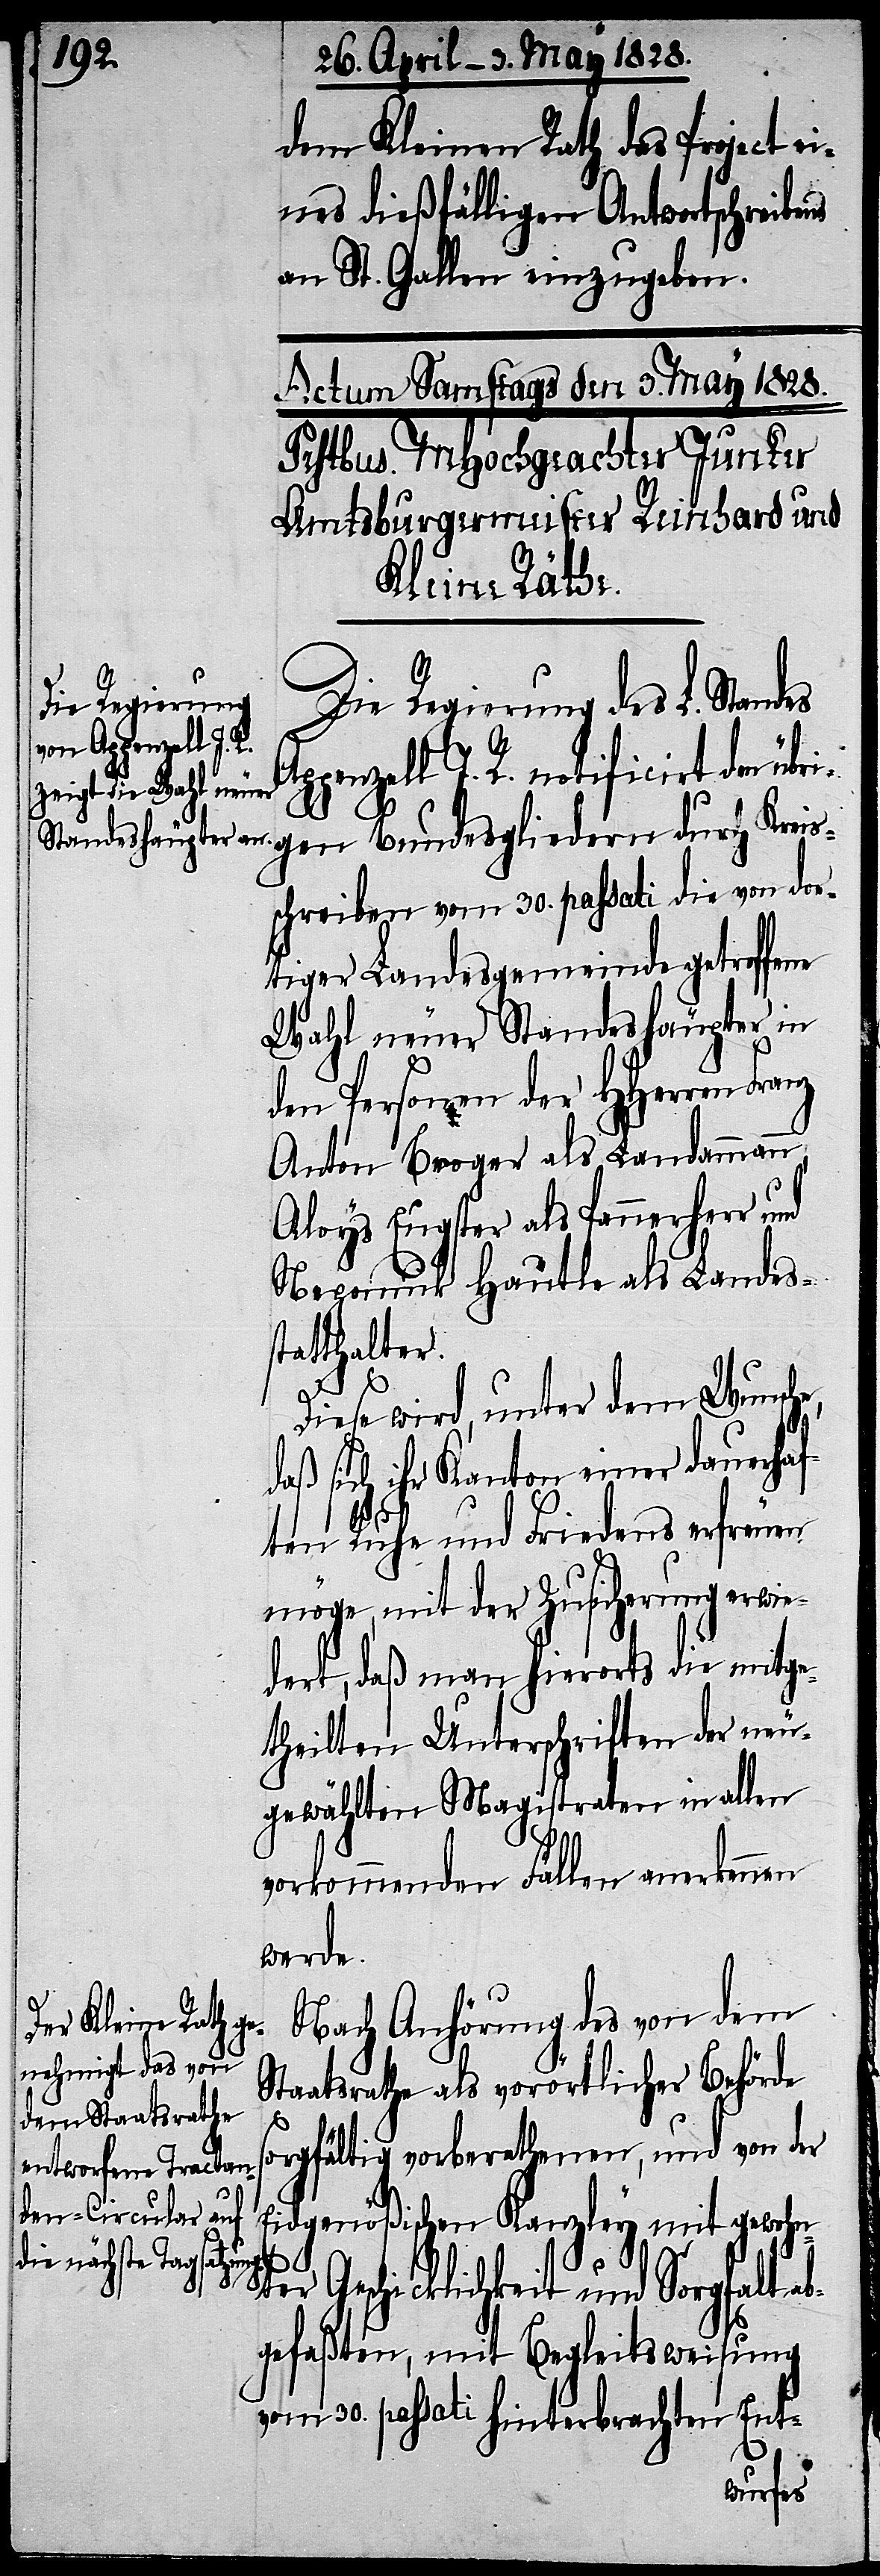
dem Kleinen Rath das Project ei¬
nes dießfälligen Antwortschreibens
an St. Gallen einzugeben.
Die Regierung des L. Stan¬
Bundesgliedern durch Kreis¬
schreiben vom 30. passati die von dor¬
tiger Landesgemeinde getroffene
Wahl neuer Standeshäupter in
den Personen der HHerren Franz
Anton Broger als Landammann,
Aloys Eugster als Pannerherr und
Nepomuk Hautle als Landes¬
statthalter.
Diese wird, unter dem Wunsche,
aß sich ihr Kanton einer dauerha¬
ften Ruhe und Friedens erfreuen
möge, mit der Zusicherung erwie¬
dert, daß man hierorts die mitge¬
theilten Unterschriften der neu¬
gewählten Magistraten in allen
vorkommenden Fällen anerkennen
werde.
Nach Anhörung des von dem
Staatsrathe als vorörtlicher Behörde
sorgfältig vorberathenen, und von der
Eidgenößischen Kanzley mit gewoh¬
des Ap¬
nter Geschicklichkeit und Sorgfalt ab¬
gefaßten, mit Begleitsweisung
vom 30. passati hinterbrachten Ent-
d¬